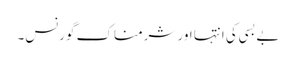
بے بسی کی انتہا اور شرمناک گورنس۔